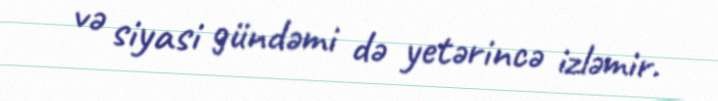
və siyasi gündəmi də yetərincə izləmir.